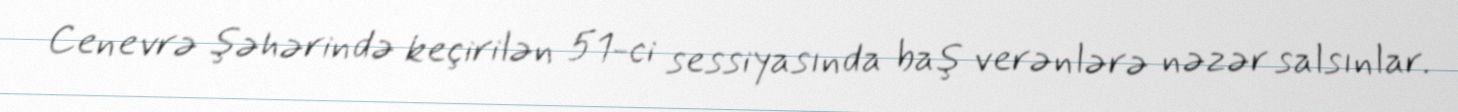
Cenevrə şəhərində keçirilən 51-ci sessiyasında baş verənlərə nəzər salsınlar.